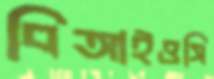
বিআইওসি